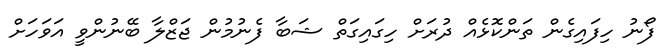
ފޯނު ހިފައިގެން ތަންކޮޅެއް ދުރަށް ހިގައިގަތް ޝަބާ ފެނުމުން ޖަޒްލާ ބޭނުންވީ އަވަހަށް